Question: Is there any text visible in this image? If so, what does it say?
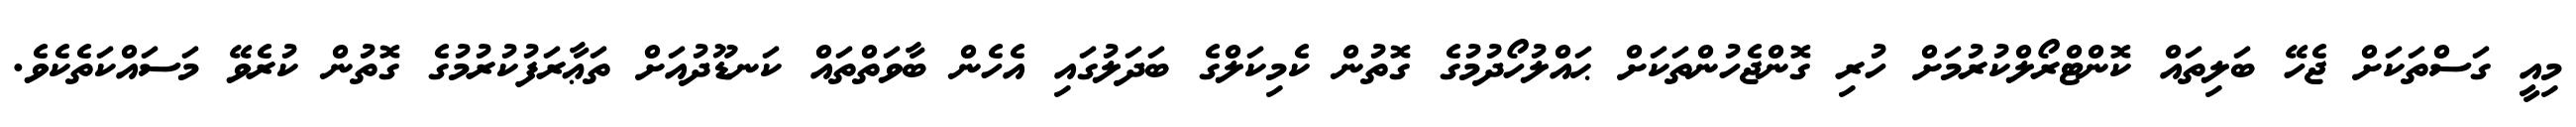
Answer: މިއީ ގަސްތަކަށް ޖެހޭ ބަލިތައް ކޮންޓްރޯލްކުރުމަށް ހުރި ގޮންޖެހުންތަކަށް ޙައްލުހޯދުމުގެ ގޮތުން ކެމިކަލްގެ ބަދަލުގައި އެހެން ބާވަތްތައް ކަނޑޫދުއަށް ތަޢާރަފުކުރުމުގެ ގޮތުން ކުރެވޭ މަސައްކަތެކެވެ.